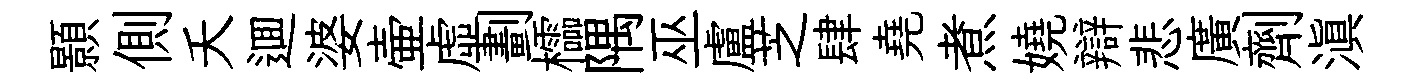
顥側夭逥婆壷虛劃櫺隅巫盧芝肆堯煮嬈辯悲廣劑滇